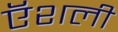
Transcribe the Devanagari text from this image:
ऍशली